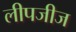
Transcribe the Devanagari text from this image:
लीपजीज